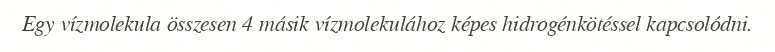
Egy vízmolekula összesen 4 másik vízmolekulához képes hidrogénkötéssel kapcsolódni.